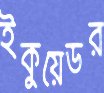
ইকুয়েডর